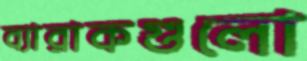
ব্যারাকগুলো